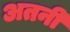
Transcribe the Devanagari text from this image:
अतनी